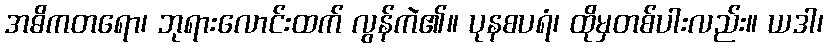
အဓိကတရော၊ ဘုရားလောင်းထက် လွန်ကဲ၏။ ပုနစပရံ၊ ထိုမှတစ်ပါးလည်း။ ယဒါ၊